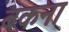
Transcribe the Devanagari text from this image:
बकना